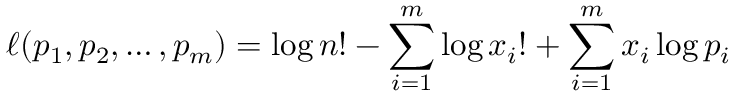
\ell ( p _ { 1 } , p _ { 2 } , \ldots , p _ { m } ) = \log n ! - \sum _ { i = 1 } ^ { m } \log x _ { i } ! + \sum _ { i = 1 } ^ { m } x _ { i } \log p _ { i }